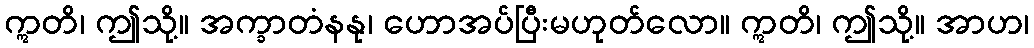
ဣတိ၊ ဤသို့။ အက္ခာတံနနု၊ ဟောအပ်ပြီးမဟုတ်လော။ ဣတိ၊ ဤသို့။ အာဟ၊